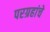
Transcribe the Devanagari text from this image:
परग्रहांचे